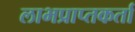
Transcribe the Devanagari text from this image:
लाभप्राप्तकर्ता